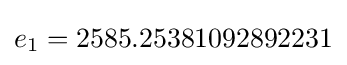
e_{1}=2585.25381092892231